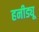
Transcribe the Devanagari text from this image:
हनीड्यू